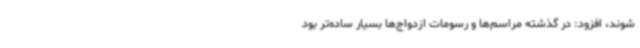
شوند، افزود: در گذشته مراسم‌ها و رسومات ازدواج‌ها بسیار ساده‌تر بود